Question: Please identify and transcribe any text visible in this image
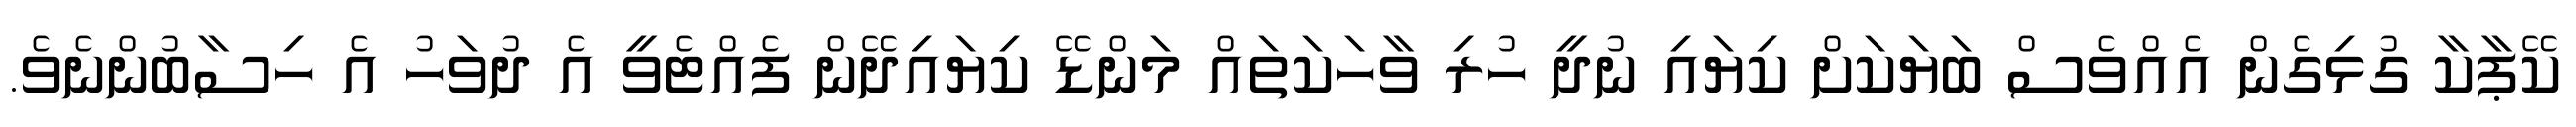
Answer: ކޭޕާކާ ގުޅިގެން އެއްވެސް ބަޔަކަށް ކިޔައި ނުދީ ހުރި ވާހަކަތައް މަންޑޭ ކިޔައިދޭން ފެއްޓެވީ އެ ދުވަހު އެ ހިސާބުންނެވެ.